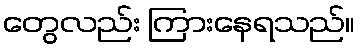
တွေလည်း ကြားနေရသည်။